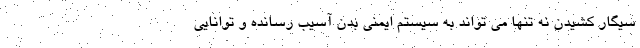
سیگار کشیدن نه تنها می تواند به سیستم ایمنی بدن آسیب رسانده و توانایی